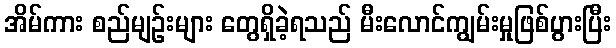
အိမ်ကား စည်မျဉ်းများ တွေရှိခဲ့ရသည် မီးလောင်ကျွမ်းမှုဖြစ်ပွားပြီး